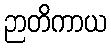
ဉာတိကာယ